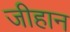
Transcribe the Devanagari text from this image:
जीहान